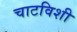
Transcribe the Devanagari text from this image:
चाटविशी